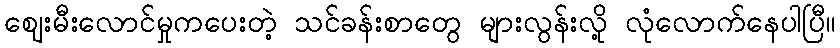
ဈေးမီးလောင်မှုကပေးတဲ့ သင်ခန်းစာတွေ များလွန်းလို့ လုံလောက်နေပါပြီ။